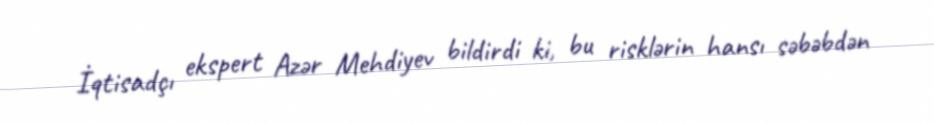
İqtisadçı ekspert Azər Mehdiyev bildirdi ki, bu risklərin hansı səbəbdən